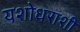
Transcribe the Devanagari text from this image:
यशोधराशी